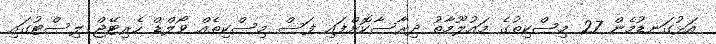
އަޅުގަނޑުމެން 27 މިސްކިތުގެ މައުލޫމާތު ދިރާސާކޮށްފައި ފަސް މިސްކިތެއް ވޯލްޑް ހެރިޓޭޖް ލިސްޓުގައި